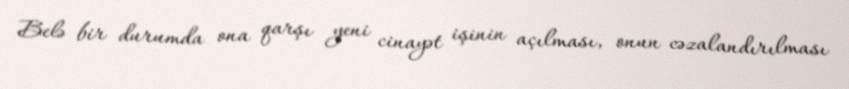
Belə bir durumda ona qarşı yeni cinayət işinin açılması, onun cəzalandırılması